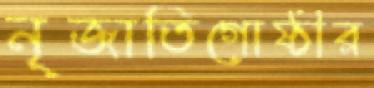
নৃজাতিগোষ্ঠীর